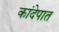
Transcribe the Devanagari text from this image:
कांदेपात